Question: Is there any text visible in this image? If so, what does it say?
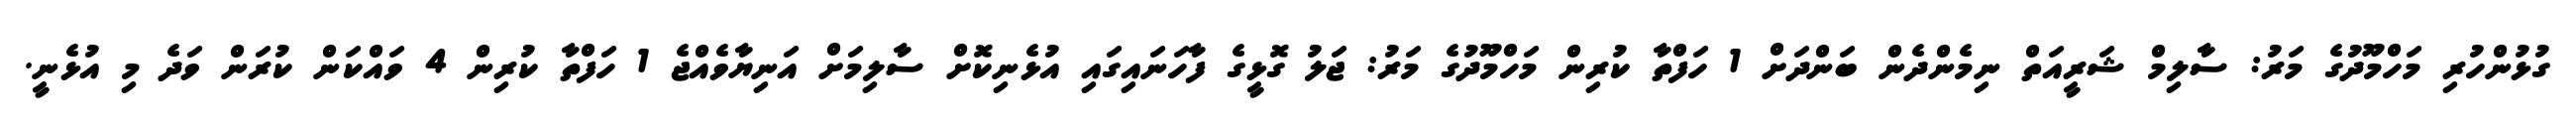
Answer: ގުޅުންހުރި މަހްމޫދުގެ މަރު: ސާލިމް ޝަރީއަތް ނިމެންދެން ބަންދަށް 1 ހަފްތާ ކުރިން މަހްމޫދުގެ މަރު: ޖަލު ގޮޅީގެ ފާހަނައިގައި އުޅެނިކޮށް ސާލިމަށް އަނިޔާވެއްޖެ 1 ހަފްތާ ކުރިން 4 ވައްކަން ކުރަން ވަދެ މި އުޅެނީ.